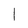
Character: l